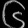
Digit: ၆